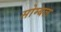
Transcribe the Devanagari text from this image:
सोम्बल